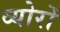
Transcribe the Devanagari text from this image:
व्योरों